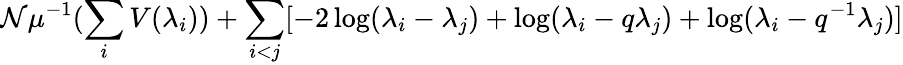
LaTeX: \mathcal{N}\mu^{-1}(\sum_{i}V(\lambda_{i}))+\sum_{i<j}[-2\log(\lambda_{i}-\lambda_{j})+\log(\lambda_{i}-q\lambda_{j})+\log(\lambda_{i}-q^{-1}\lambda_{j})]